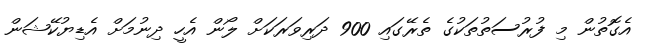
އެގޮތުން މި ފުރުސަތުތަކުގެ ތެރޭގައި 900 ދަރިވަރަކަށް ލޯން އެހީ ދިނުމަށް އެޑިޔުކޭޝަން